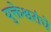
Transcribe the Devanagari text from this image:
युक्तेश्वरांचे